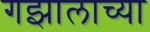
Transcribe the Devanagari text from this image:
गझालाच्या